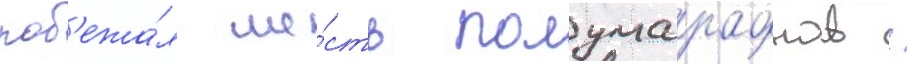
поб'ежа́л ше́сть полумарафонов /